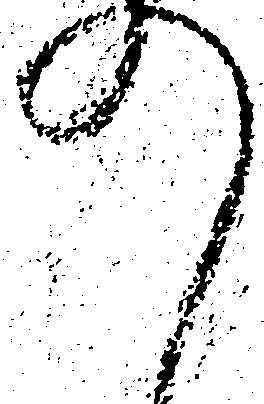
の